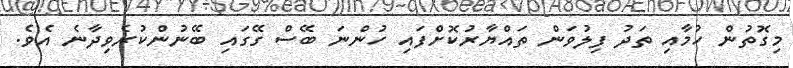
މިގޮތުން ހުމާއި ތަދު ފިލުވަން ތައްޔާރުކޮށްފައި ހުންނަ ބޭސް ގޭގައި ބޭނުންކުރެވިދާނެ އެވެ.